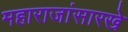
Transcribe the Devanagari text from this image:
महाराजांसारखे